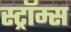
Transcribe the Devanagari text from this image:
स्ट्रॉम्स